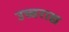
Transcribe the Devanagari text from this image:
उच्चराद्य